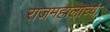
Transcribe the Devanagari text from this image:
राजमहालाच्या